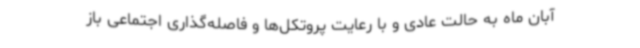
آبان ماه به حالت عادی و با رعایت پروتکل‌ها و فاصله‌گذاری اجتماعی باز